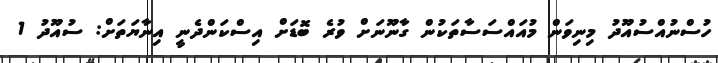
ހުސްނުއްސުއޫދު މިނިވަން މުއައްސަސާތަކުން ގާނޫނަށް ވުރެ ބޮޑަށް އިސްކަންދެނީ އިނާޔަތަށް: ސުއޫދު 1